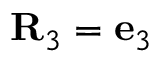
{ \bf R } _ { 3 } = { \bf e } _ { 3 }